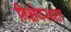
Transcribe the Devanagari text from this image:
निक्षेपस्थल